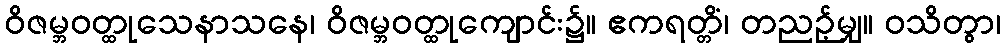
ဝိဇမ္ဘဝတ္ထုသေနာသနေ၊ ဝိဇမ္ဘဝတ္ထုကျောင်း၌။ ဧကရတ္တိံ၊ တညဉ့်မျှ။ ဝသိတွာ၊